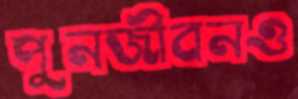
পুনর্জীবনও